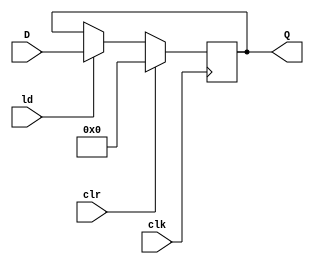
`timescale 1ns / 1ps

//Module for inpug Register
module inputRegister(ld, clr, clk, D, Q);
//inputs
input clr, clk, ld;
input [3:0] D;
//outputs
output reg [3:0] Q;

//Fired on CLK
always @ (posedge clk)
       //if clear is on, them output is 0
    if(clr)
        Q <= 0;
        //if Load/ld is on, then the output will be the input
    else if(ld)
        Q <= D;
    
endmodule